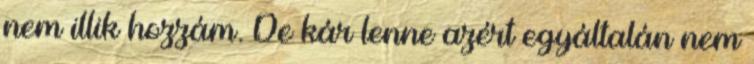
nem illik hozzám. De kár lenne azért egyáltalán nem